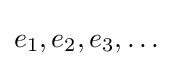
e_{1},e_{2},e_{3},\ldots